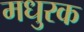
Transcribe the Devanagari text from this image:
मधुरक